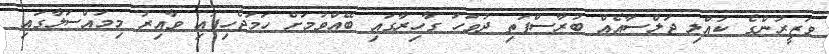
ވަޒީރުންގެ ކުއްލި ޖަލްސާއެއް ބުރާސްފަތި ދުވަހު ގާހިރާގައި ބޭއްވުމަށް ހަމަޖެހިފައި ވާއިރު މިމައްސަލާގައި